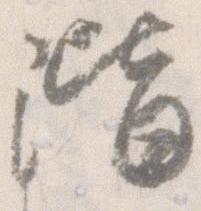
階